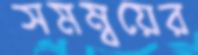
সমম্বয়ের